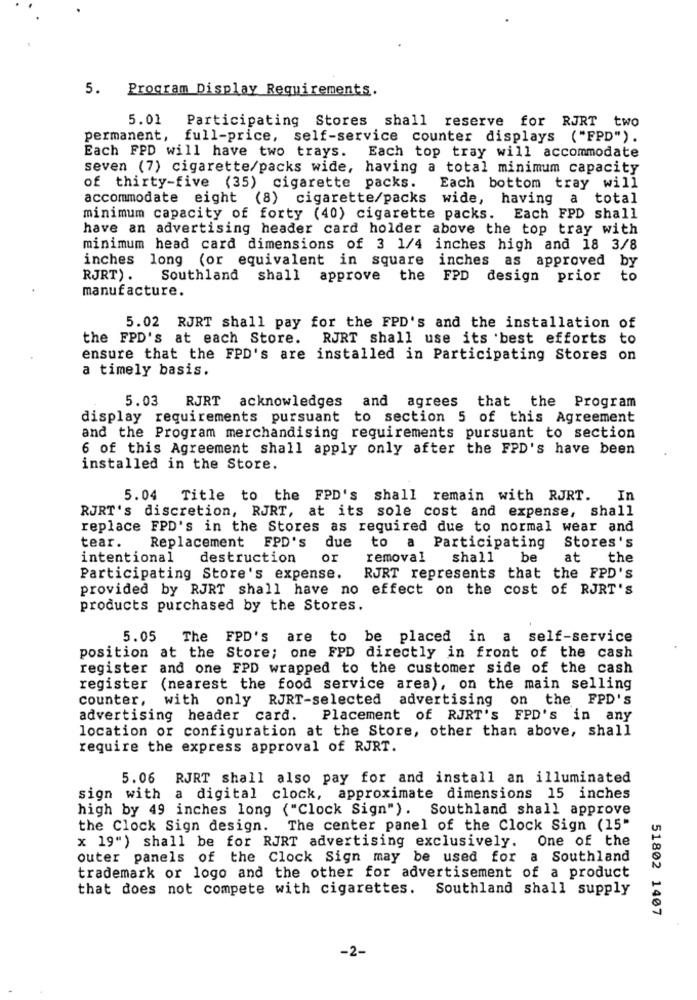
5. Program Display Requirements.
5.01
Participating Stores shall reserve for RJRT two
permanent,
full-price, self-service counter displays ("FPD").
Each FPD will have two trays. Each top tray will accommodate
seven (7) cigarette/packs wide, having a total minimum capacity
of thirty-five (35) cigarette packs. Each bottom tray will
accommodate eight (8) cigarette/packs wide, having a total
minimum capacity of forty (40) cigarette packs.
Each FPD shall
have an advertising header card holder above the top tray with
minimum head card dimensions of 3 1/4 inches high and 18 3/8
inches long (or equivalent in square inches as approved by
RJRT).
Southland shall approve the FPD design prior
to
manufacture.
5.02 RJRT shall pay for the FPD's and the installation of
the FPD's at each Store. RJRT shall use its best efforts to
ensure that the FPD's are installed in Participating Stores on
a timely basis.
5.03
RJRT acknowledges and agrees that the Program
display requirements pursuant to section 5 of this Agreement
and the Program merchandising requirements pursuant to section
6 of this Agreement shall apply only after the FPD's have been
installed in the Store.
5.04 Title to the FPD's shall remain with RJRT.
In
RJRT's discretion, RJRT, at its sole cost and expense, shall
replace FPD's in the Stores as required due to normal wear and
tear.
Replacement FPD's due to a Participating Stores's
intentional
destruction
or
removal
shall
be
at
the
Participating Store's expense.
RJRT represents that the FPD's
provided by RJRT shall have no effect on the cost of RJRT's
products purchased by the Stores.
5.05
The FPD's are to be placed in a
self-service
position at the Store; one FPD directly in front of the cash
register and one FPD wrapped to the customer side of the cash
register (nearest the food service area), on the main selling
counter, with only RJRT-selected advertising on the FPD'S
advertising header card.
Placement of RJRT'S FPD's in any
location or configuration at the Store, other than above, shall
require the express approval of RJRT.
5.06 RJRT shall also pay for and install an illuminated
sign with a digital clock, approximate dimensions 15 inches
high by 49 inches long ("Clock Sign"). Southland shall approve
the Clock Sign design. The center panel of the Clock Sign (15"
x 19") shall be for RJRT advertising exclusively. One of the
outer panels of the Clock Sign may be used for a Southland
trademark or logo and the other for advertisement of a product
that does not compete with cigarettes. Southland shall supply
51802 1407
-2-